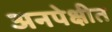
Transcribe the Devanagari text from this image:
अनपेक्षीत